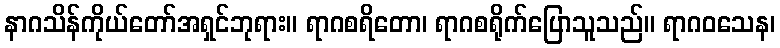
နာဂသိန်ကိုယ်တော်အရှင်ဘုရား။ ရာဂစရိတော၊ ရာဂစရိုက်ပြောသူသည်။ ရာဂဝသေန၊